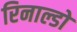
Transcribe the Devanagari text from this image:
रिनाल्डो